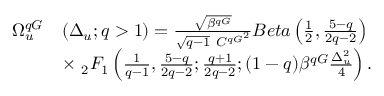
\begin{array} { r l } { \Omega _ { u } ^ { q G } } & { \left( \Delta _ { u } ; q > 1 \right) = \frac { \sqrt { \beta ^ { q G } } } { \sqrt { q - 1 } \ { C ^ { q G } } ^ { 2 } } B e t a \left( \frac { 1 } { 2 } , \frac { 5 - q } { 2 q - 2 } \right) } \\ & { \times \ _ { 2 } F _ { 1 } \left( \frac { 1 } { q - 1 } , \frac { 5 - q } { 2 q - 2 } ; \frac { q + 1 } { 2 q - 2 } ; ( 1 - q ) \beta ^ { q G } \frac { \Delta _ { u } ^ { 2 } } { 4 } \right) . } \end{array}